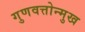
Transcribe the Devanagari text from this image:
गुणवत्तोन्मुख